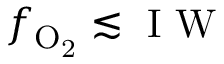
f _ { \mathrm { O _ { 2 } } } \lesssim \mathrm { ~ I ~ W ~ }